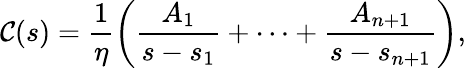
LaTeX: \mathcal{C}(s)=\frac{{1}}{{\eta}}\left(\frac{{A_{1}}}{{s-s_{1}}}+\cdots+\frac{{A_{n+1}}}{{s-s_{n+1}}}\right),